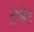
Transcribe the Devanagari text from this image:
ट्रांसेट